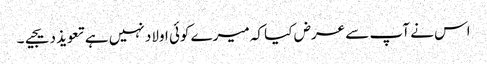
اس نے آپ سے عرض کیا کہ میرے کوئی اولاد نہیں ہے تعویذ دیجیے۔